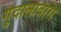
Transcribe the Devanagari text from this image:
गुदालावारा